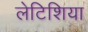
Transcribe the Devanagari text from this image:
लेटिशिया